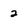
Character: 2